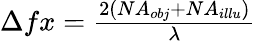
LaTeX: \begin{array}{r}{\Delta fx=\frac{2(NA_{obj}+NA_{illu})}{\lambda}}\end{array}